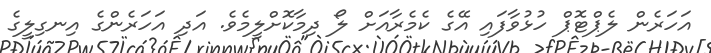
އަހަރެން ލެޕްޓޮޕް ހުޅުވާފައި އޭގެ ކެމެރާއަށް ލޯ ދިމާކޮށްލީމެވެ. އަދި އަހަރެންގެ އިނގިލީގެ